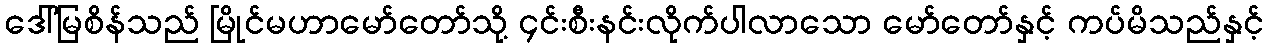
ဒေါ်မြစိန်သည် မြိုင်မဟာမော်တော်သို့ ၄င်းစီးနင်းလိုက်ပါလာသော မော်တော်နှင့် ကပ်မိသည်နှင့်